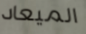
الميعاد